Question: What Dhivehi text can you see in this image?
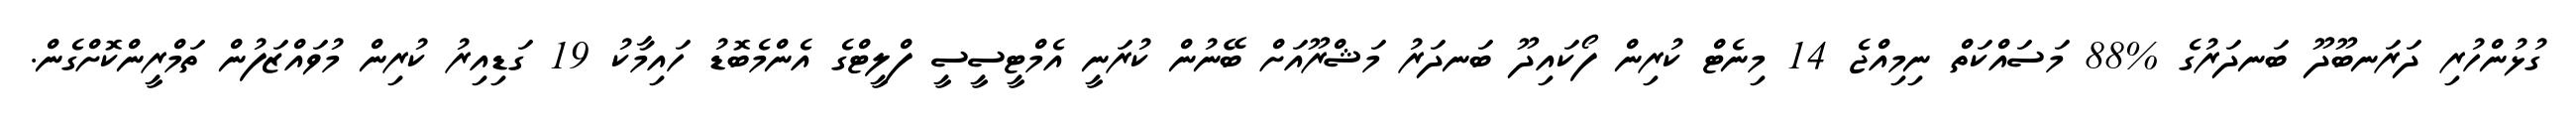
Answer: ގުޅުންހުރި ދަރަނބޫދޫ ބަނދަރުގެ %88 މަސައްކަތް ނިމިއްޖެ 14 މިނެޓް ކުރިން ފޯކައިދޫ ބަނދަރު މަޝްރޫއަށް ބޭނުން ކުރަނީ އެމްޓީސީސީ ފްލީޓްގެ އެންމެބޮޑު ހައިމާކު 19 ގަޑިއިރު ކުރިން މުވައްޒަފުން ތަމްރީންކޮށްގެން.